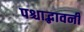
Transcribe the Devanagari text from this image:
पश्चाद्भावनी